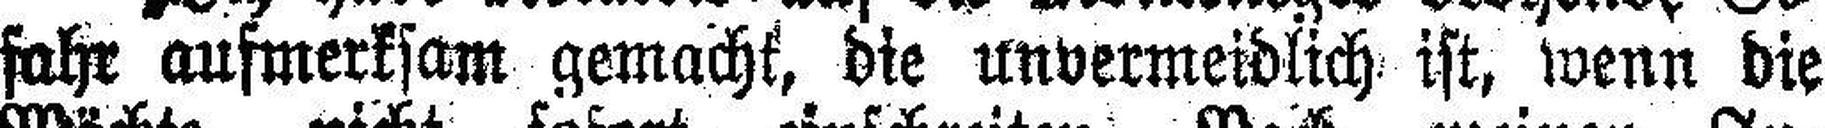
fahr aufmerksam gemacht, die unvermeidlich ist, wenn die